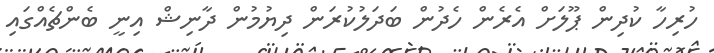
ހުރިހާ ކުދިން ޕޫލަށް އެރެން ހެދުން ބަދަލުކުރަން ދިޔުމުން ދާނިޝް އިނީ ބެންޗެއްގައި